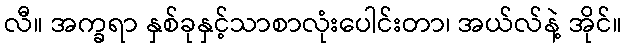
လီ။ အက္ခရာ နှစ်ခုနှင့်သာစာလုံးပေါင်းတာ၊ အယ်လ်နဲ့ အိုင်။